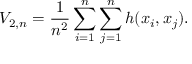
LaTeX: V _ { 2 , n } = { \frac { 1 } { n ^ { 2 } } } \sum _ { i = 1 } ^ { n } \sum _ { j = 1 } ^ { n } h ( x _ { i } , x _ { j } ) .